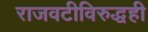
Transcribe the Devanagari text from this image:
राजवटीविरुद्धही